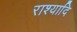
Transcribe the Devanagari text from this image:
राश्यादि